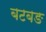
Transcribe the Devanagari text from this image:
बटबङ